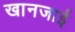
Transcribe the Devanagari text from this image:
खानजाई